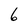
Character: 6